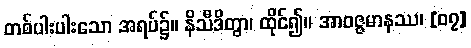
တစ်ပါးပါးသော အရပ်၌။ နိသီဒိတွာ၊ ထိုင်၍။ အာဝဇ္ဇမာနဿ၊ [၀၇]